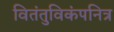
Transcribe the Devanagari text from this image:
वितंतुविकंपनित्र